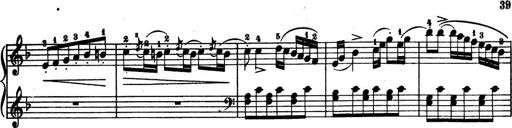
Title: 32 Sonatinas and Rondos for the Piano
Composer: Richard Kleinmichel